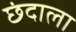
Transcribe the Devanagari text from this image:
छंदाला